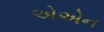
એએન